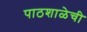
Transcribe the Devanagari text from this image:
पाठशाळेची